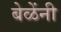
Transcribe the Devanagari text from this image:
बेळेंनी